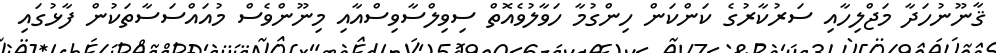
ޤާނޫނުހަދާ މަޖްލިހާއި ސަރުކާރުގެ ކަންކަން ހިންގުމާ ހަވާލުވެއޮތް ސިވިލްސާވިސްއާއި މިނޫންވެސް މުއައްސަސާތަކުން ފާޅުގައި